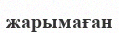
жарымаған